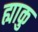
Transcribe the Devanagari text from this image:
ह्याकु